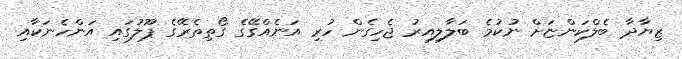
ޒިޔާދާ ބެލްކަންޏަށް ނުކުމެ ބަލާލިއިރު ޖެހިގެން ހުރި އަނެއްގޭގެ ގޯތިތެރޭގެ ޕޫލުގައި އަންހެނަކާއި